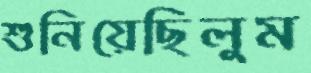
শুনিয়েছিলুম